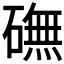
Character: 𥕻